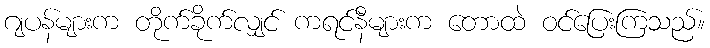
ဂျပန်များက တိုက်ခိုက်လျှင် ကရင်နီများက တောထဲ ဝင်ပြေးကြသည်။